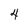
Character: 4